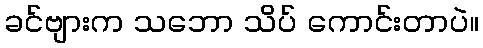
ခင်ဗျားက သဘော သိပ် ကောင်းတာပဲ။